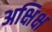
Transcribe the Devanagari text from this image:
अक्षिक्ष